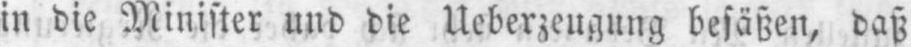
in die Minister und die Ueberzeugung besäßen, daß